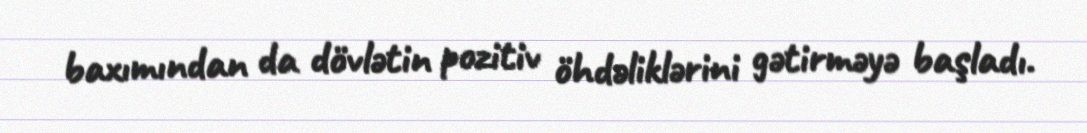
baxımından da dövlətin pozitiv öhdəliklərini gətirməyə başladı.